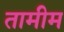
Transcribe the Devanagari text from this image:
तामीम